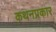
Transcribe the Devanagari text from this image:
कथनप्रकार